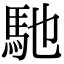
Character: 馳